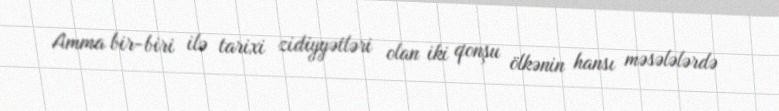
Amma bir-biri ilə tarixi zidiyyətləri olan iki qonşu ölkənin hansı məsələlərdə